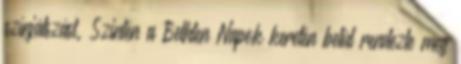
színjátszást. Szintén a Bethlen Napok keretén belül rendezte meg